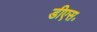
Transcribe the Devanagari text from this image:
डीएस॰